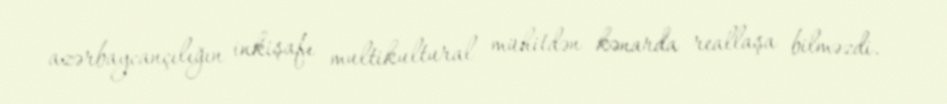
azərbaycançılığın inkişafı multikultural mühitdən kənarda reallaşa bilməzdi.